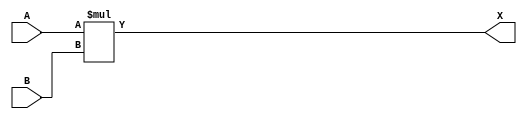
module mul(input[31:0] A,input[31:0] B, output[63:0] X);

assign X = A * B;

endmodule